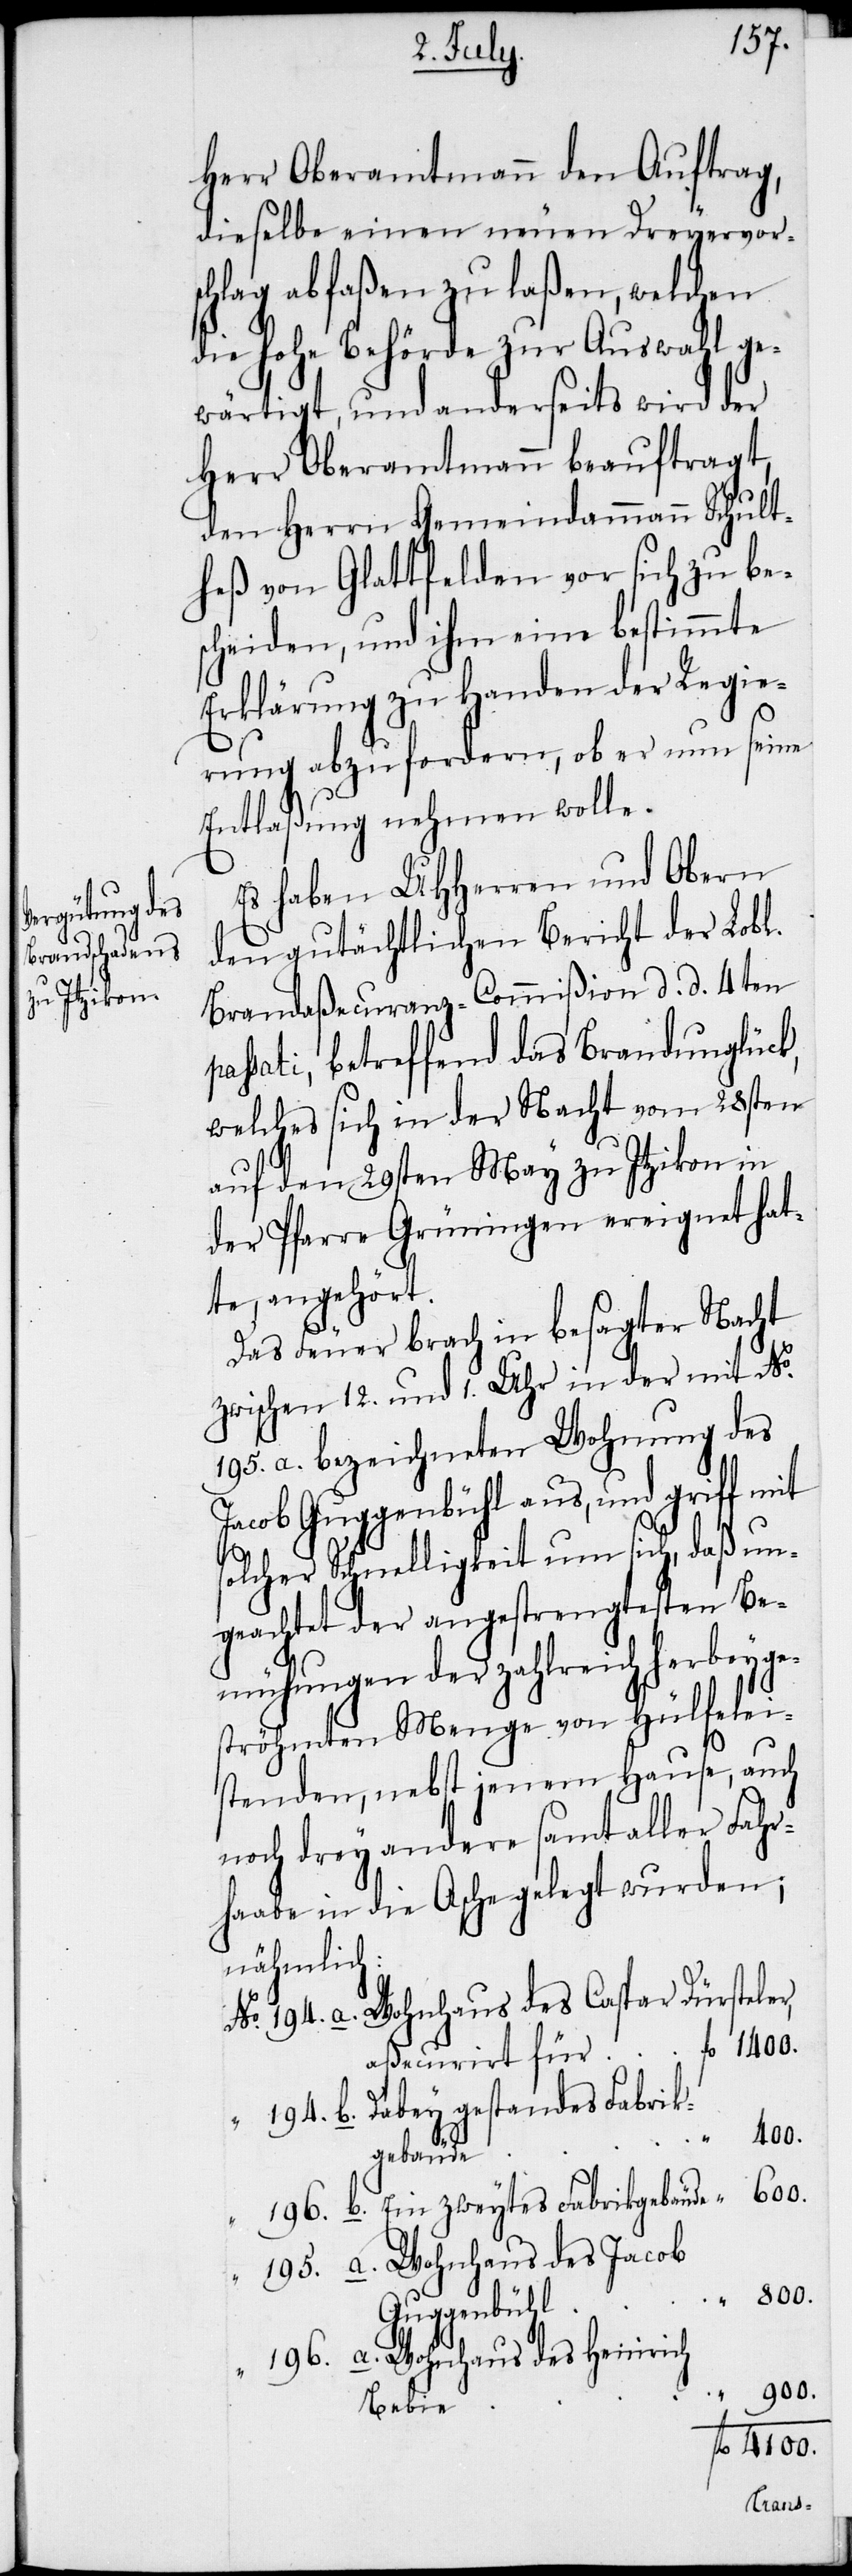
Herr Oberamtmann den Auftrag,
dieselbe einen neuen Dreyervor¬
schlag abfaßen zu laßen, welchen
die hohe Behörde zur Auswahl ge¬
wärtigt, und anderseits wird der
Herr Oberamtmann beauftragt,
den Herrn Gemeindammann Schult¬
heß von Glattfelden vor sich zu be¬
scheiden, und ihm eine bestimmte
Erklärung zu Handen der Regie¬
rung abzufordern, ob er nun seine
Entlaßung nehmen wolle.
Es haben UHHerren und Obern
den gutächtlichen Bericht der Lobl.
Brandaßecuranz-Commißion d. d. 4ten
passati, betreffend das Brandunglück,
welches sich in der Nacht vom 28sten
auf den 29sten May zu Itzikon in
der Pfarre Grüningen ereignet hat¬
te, angehört.
Das Feuer brach in besagter Nacht
zwischen 12. und 1. Uhr in der mit No.
195. a. bezeichneten Wohnung des
Jacob Guggenbühl aus, und griff mit
solcher Schnelligkeit um sich, daß un¬
geachtet der angestrengtesten Be¬
mühung der zahlreich herbeyge¬
ströhmten Menge von Hülfelei¬
stenden, nebst jenem Hause, auch
noch drey andere samt aller Fahr¬
haabe in die Asche gelegt wurden;
nähmlich:
Wohnhaus des Caspar Dürsteler,
Dabey gestandes Fabrik¬
1400.
gebäude
600.
Ein zweytes Fabrikgebäude
Wohnhaus des Jacob
800.
Guggenbühl
Wohnhaus des Heinrich
900.
Bebie